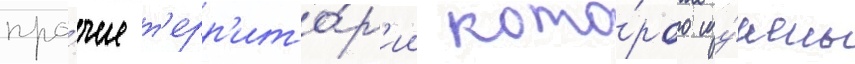
про́чие т'ерр'ито́р'ии кото́рого изу́чены